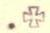
.+